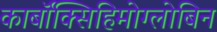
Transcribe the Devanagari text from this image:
कार्बॉक्सिहिमोग्लोबिन